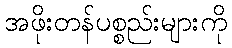
အဖိုးတန်ပစ္စည်းများကို